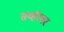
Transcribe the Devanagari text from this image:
सर्व्हरवर